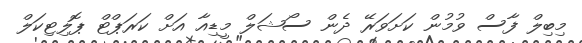
މިބިލް ފާސް ވުމުން ކަށަވަރޭ ދެން ސޯޝަލް މީޑިއާ އަށް ކަރަޕްޓް ޕޮލިޓިކަލް